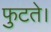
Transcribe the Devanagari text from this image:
फुटते।